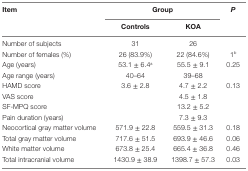
<table><thead><tr><td rowspan="2"><b>Item</b></td><td colspan="2"><b>Group</b></td><td rowspan="2"><b><i>P</i></b></td></tr><tr><td><b>Controls</b></td><td><b>KOA</b></td></tr></thead><tbody><tr><td>Number of subjects</td><td>31</td><td>26</td><td></td></tr><tr><td>Number of females (%)</td><td>26 (83.9%)</td><td>22 (84.6%)</td><td>1<sup>b</sup></td></tr><tr><td>Age (years)</td><td>53.1 ± 6.4<sup>a</sup></td><td>55.5 ± 9.1</td><td>0.25</td></tr><tr><td>Age range (years)</td><td>40–64</td><td>39–68</td><td></td></tr><tr><td>HAMD score</td><td>3.6 ± 2.8</td><td>4.7 ± 2.2</td><td>0.13</td></tr><tr><td>VAS score</td><td></td><td>4.5 ± 1.8</td><td></td></tr><tr><td>SF-MPQ score</td><td></td><td>13.2 ± 5.2</td><td></td></tr><tr><td>Pain duration (years)</td><td></td><td>7.3 ± 9.3</td><td></td></tr><tr><td>Neocortical gray matter volume</td><td>571.9 ± 22.8</td><td>559.5 ± 31.3</td><td>0.18</td></tr><tr><td>Total gray matter volume</td><td>717.6 ± 51.5</td><td>693.9 ± 46.6</td><td>0.06</td></tr><tr><td>White matter volume</td><td>673.8 ± 25.4</td><td>665.4 ± 36.8</td><td>0.46</td></tr><tr><td>Total intracranial volume</td><td>1430.9 ± 38.9</td><td>1398.7 ± 57.3</td><td>0.03</td></tr></tbody></table>